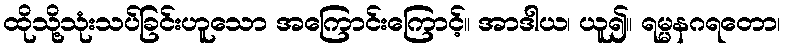
ထိုသို့သုံးသပ်ခြင်းဟူသော အကြောင်းကြောင့်။ အာဒါယ၊ ယူ၍။ ရမ္မနဂရတော၊